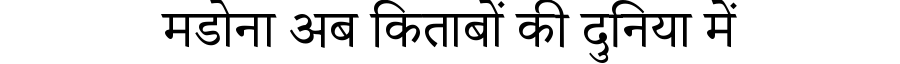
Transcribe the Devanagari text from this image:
मडोना अब किताबों की दुनिया में